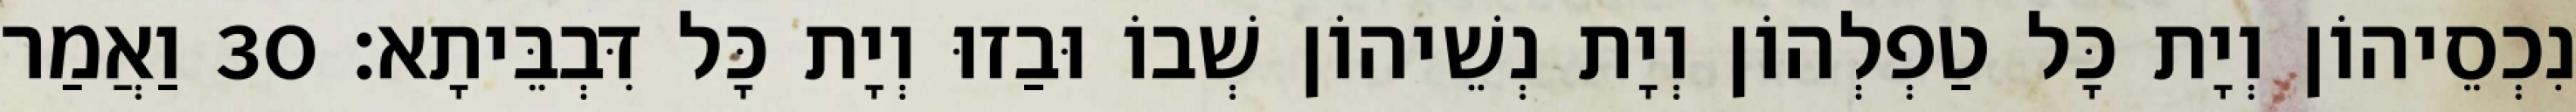
נִכְסֵיהוֹן וְיָת כָּל טַפְלְהוֹן וְיָת נְשֵׁיהוֹן שְׁבוֹ וּבַזוּ וְיָת כָּל דִּבְבֵּיתָא׃ 30 וַאֲמַר